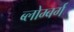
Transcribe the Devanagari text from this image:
ब्लोम्बर्ग